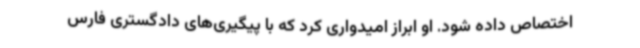
اختصاص داده شود. او ابراز امیدواری کرد که با پیگیری‌های دادگستری فارس